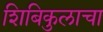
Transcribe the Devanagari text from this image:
शिबिकुलाचा